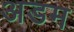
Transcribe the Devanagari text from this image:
अडम